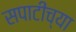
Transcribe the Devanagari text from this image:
सपाटीच्या